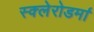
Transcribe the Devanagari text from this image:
स्क्‍लेरोडर्मा